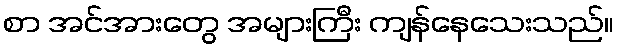
စာ အင်အားတွေ အများကြီး ကျန်နေသေးသည်။